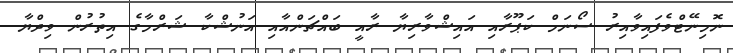
ނޮމިނޭޓްވެފައިވާއިރު ސޯނަމް ކަޕޫރާއި އައިޝްވާރިޔާ ރާއީ ބައްޗަންއާއި އަނުޝްކާ ޝަރްމާގެ އިތުރުން ވިދްޔާ